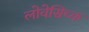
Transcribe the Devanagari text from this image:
लोवेसिच्क